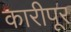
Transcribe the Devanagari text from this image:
कारीपूर